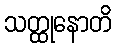
သတ္ထုနောတိ